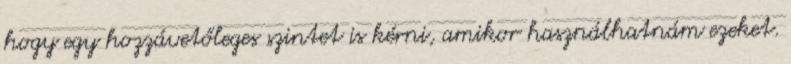
hogy egy hozzávetőleges szintet is kérni, amikor használhatnám ezeket.